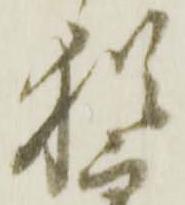
猶